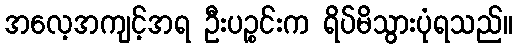
အလေ့အကျင့်အရ ဦးပဉ္စင်းက ရိပ်မိသွားပုံရသည်။